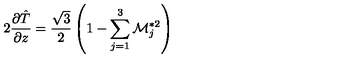
2 { \frac { \partial \hat { T } } { \partial z } } = { \frac { \sqrt { 3 } } { 2 } } \left( 1 - \sum _ { j = 1 } ^ { 3 } { \cal M } _ { j } ^ { * 2 } \right)